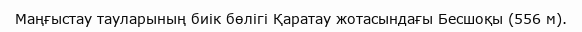
Маңғыстау тауларының биік бөлігі Қаратау жотасындағы Бесшоқы (556 м).